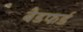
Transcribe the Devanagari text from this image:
बैडफर्ड